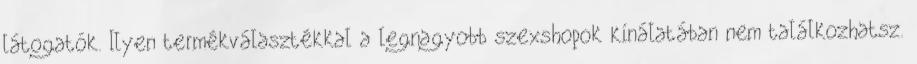
látogatók. Ilyen termékválasztékkal a legnagyobb szexshopok kínálatában nem találkozhatsz.